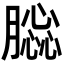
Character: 𦠤